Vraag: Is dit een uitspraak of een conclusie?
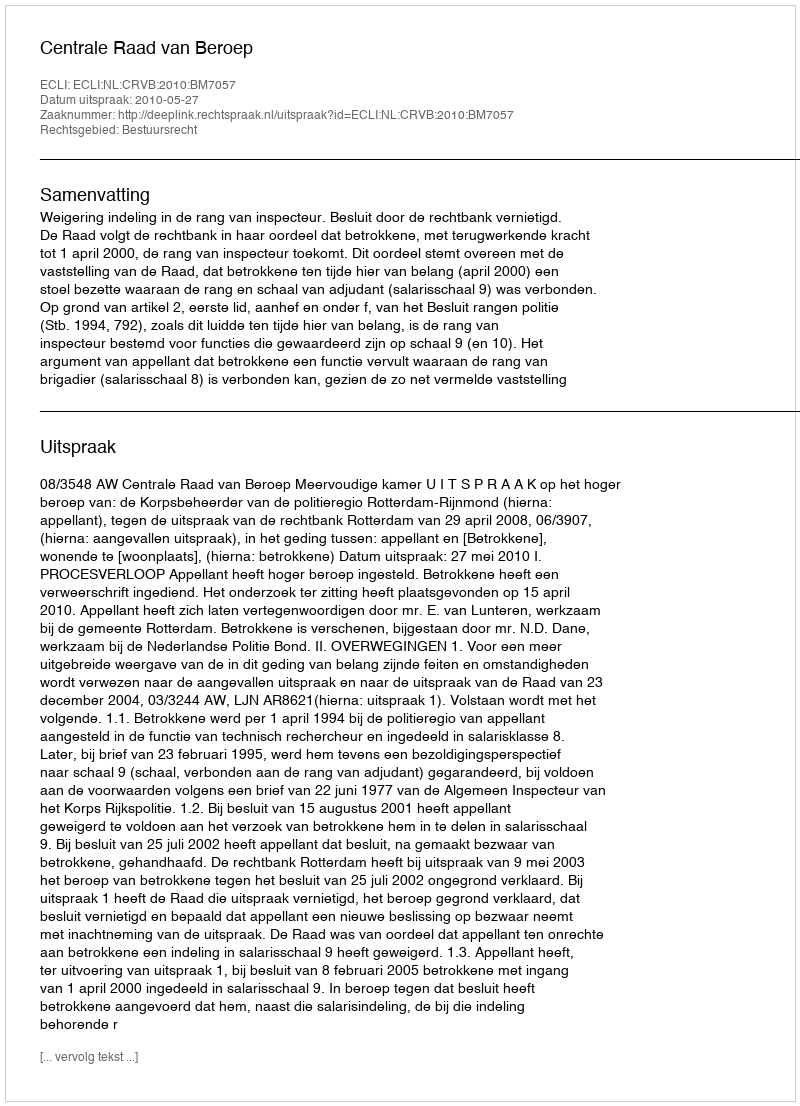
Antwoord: Uitspraak